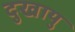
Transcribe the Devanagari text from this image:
दुखायु